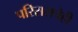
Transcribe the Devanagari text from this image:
परिसराचेही